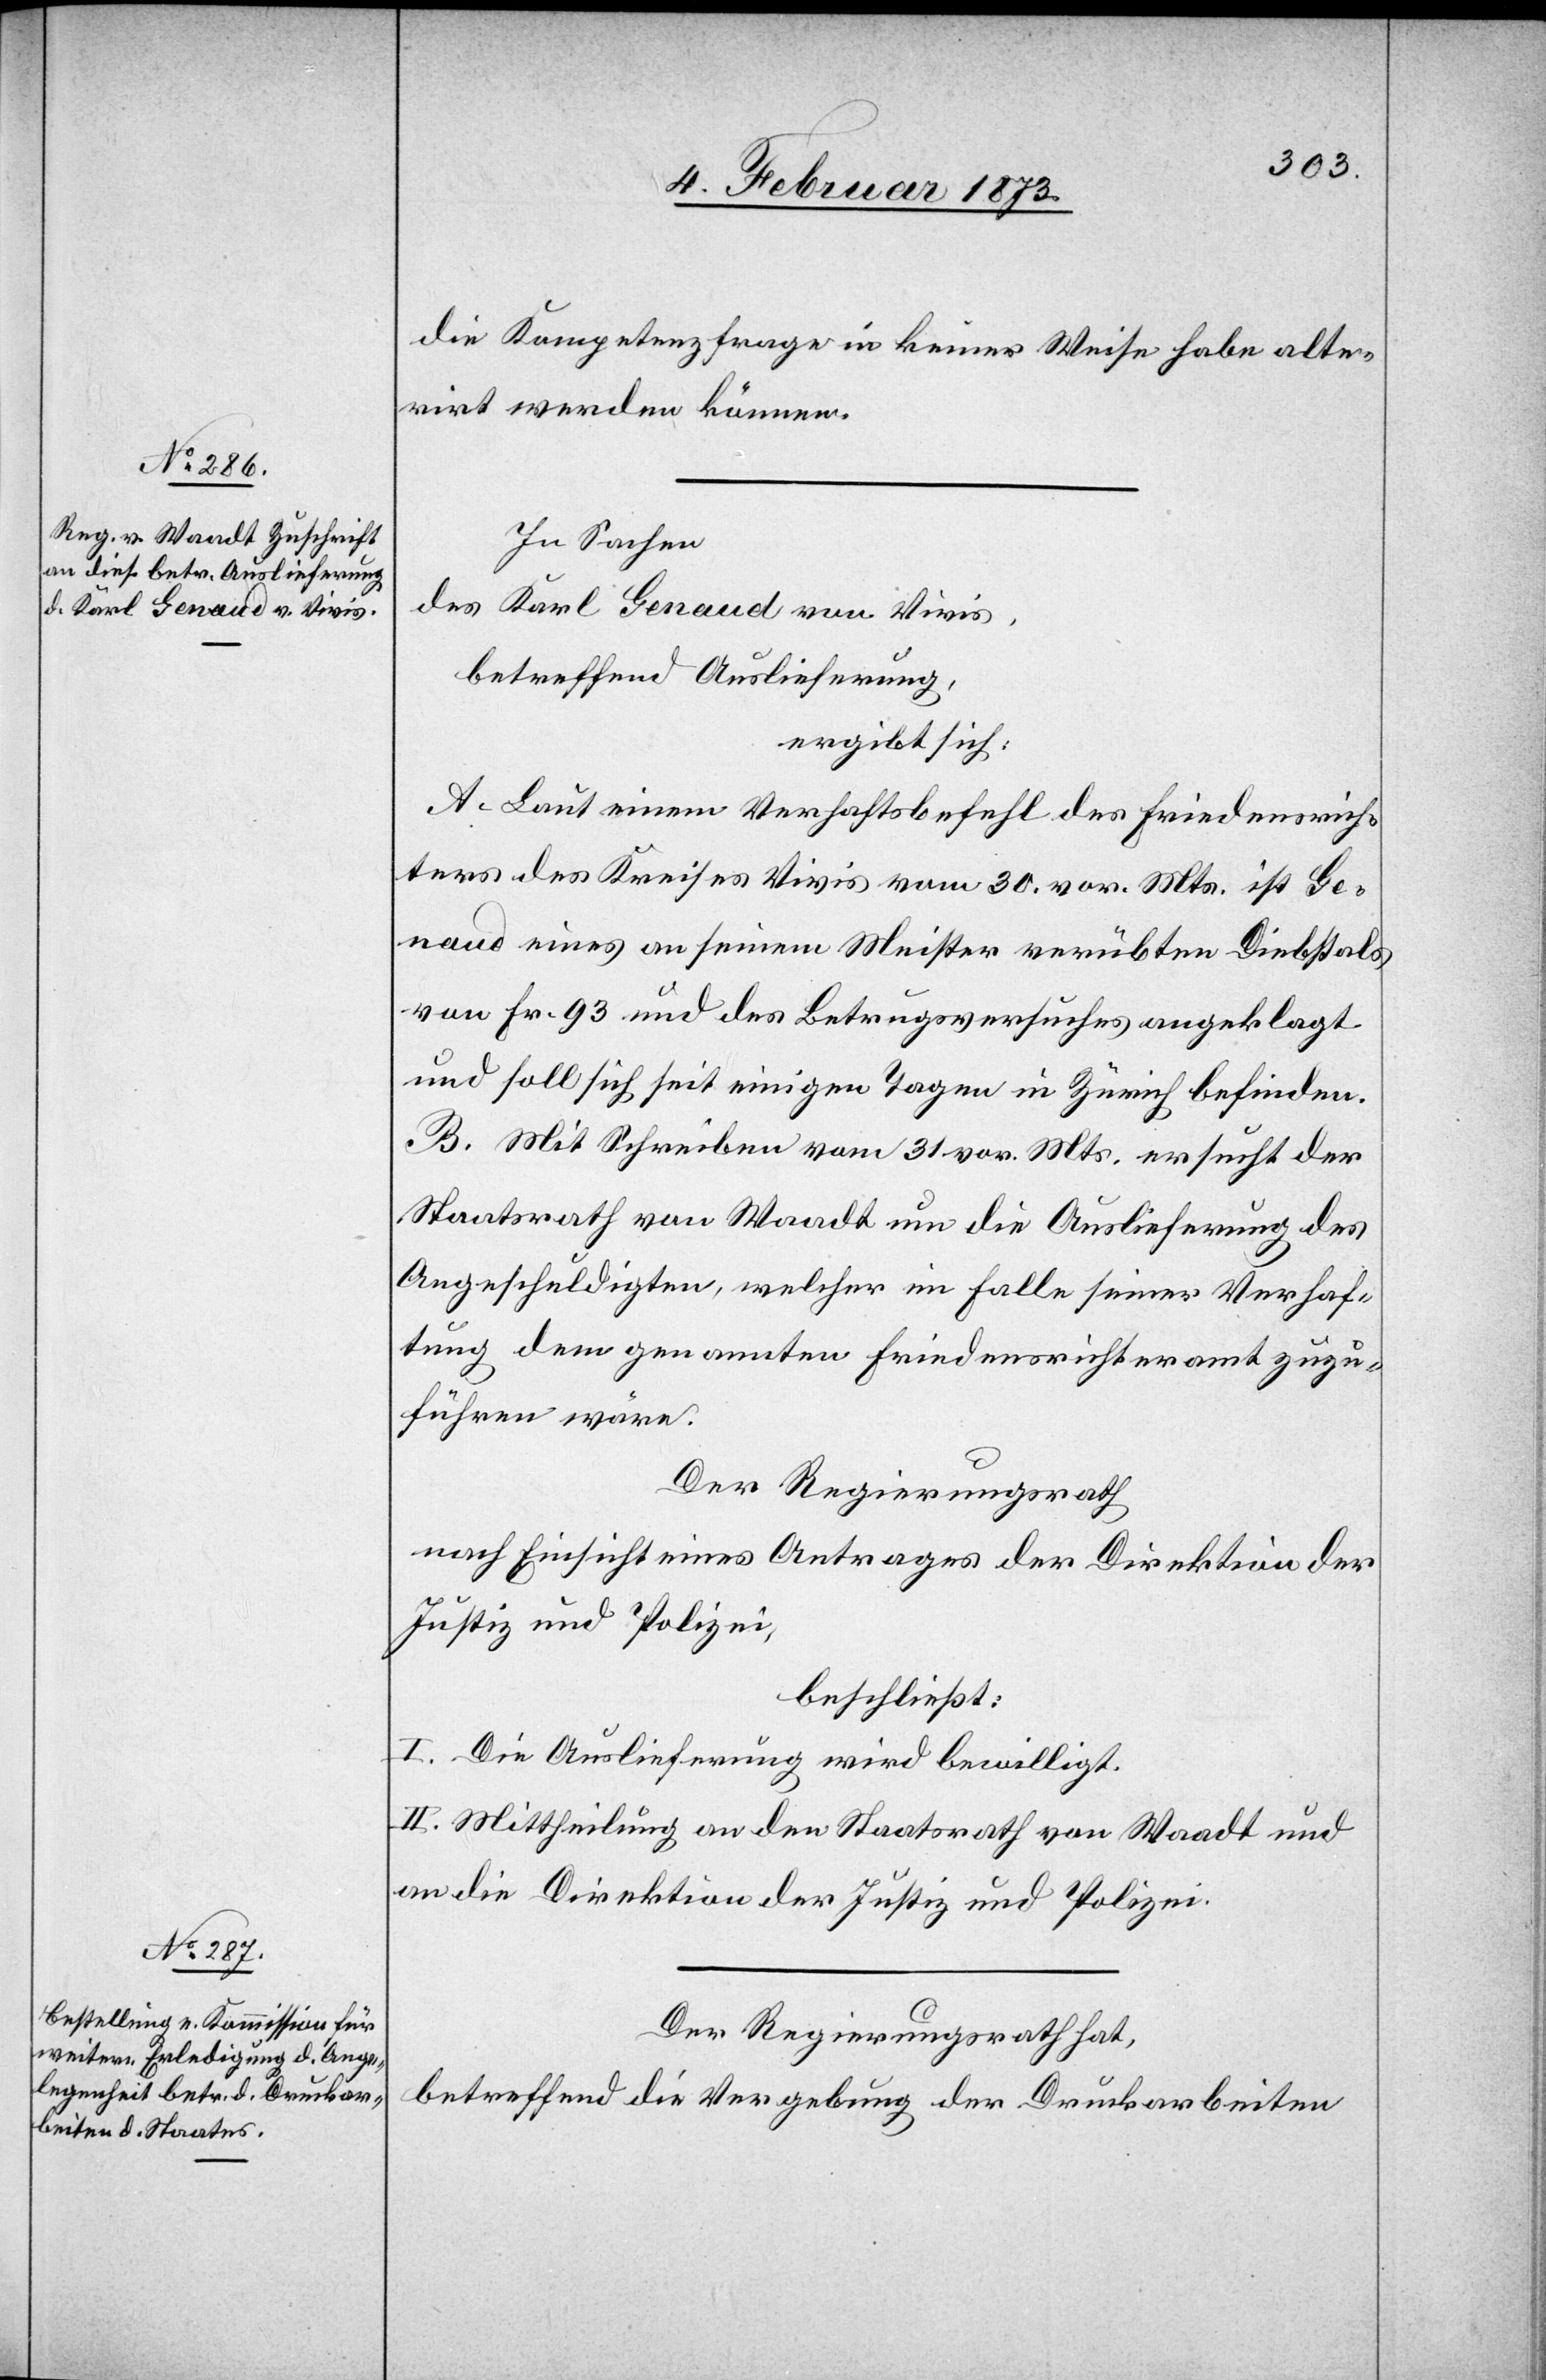
die Kompetenzfrage in keiner Weise habe alte¬
rirt werden können.
In Sachen
des Karl Genaud von Vivis,
betreffend Auslieferung,
ergibt sich:
A. Laut einem Verhaftsbefehl des Friedensrich¬
ters des Kreises Vivis vom 30. vor. Mts. ist Ge¬
naud eines an seinem Meister verübten Diebstals
von Fr. 93 und des Betrugsversuches angeklagt
und soll sich seit einigen Tagen in Zürich befinden.
B. Mit Schreiben vom 31. vor. Mts. ersucht der
Staatsrath von Waadt um die Auslieferung des
Angeschuldigten, welcher im Falle seiner Verhaf¬
tung dem genannten Friedensrichteramt zuzu¬
führen wäre.
Der Regierungsrath,
nach Einsicht eines Antrages der Direktion der
Justiz u. Polizei,
beschließt:
I. Die Auslieferung wird bewilligt.
II. Mittheilung an den Staatsrath von Waadt und
an die Direktion der Justiz u. Polizei.
Der Regierungsrath hat,
betreffend die Vergebung der Druckarbeiten